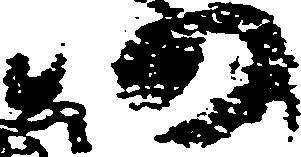
仍